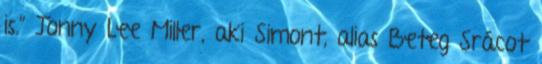
is.” Jonny Lee Miller, aki Simont, alias Beteg Srácot